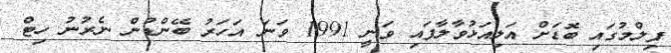
ފިލްމުގައި ބޮޑަށް އަލިއަޅުވާލާފައި ވަނީ 1991 ވަނަ އަހަރު ބޭންޑުން ނެރުނު ހިޓް